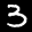
Label: 3